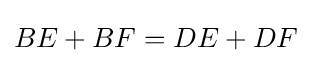
\displaystyle BE+BF=DE+DF